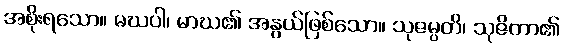
အစိုးရသော။ မဃဝါ၊ မာဃ၏ အနွယ်ဖြစ်သော။ သုဇမ္ပတိ၊ သုဇိတာ၏